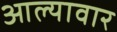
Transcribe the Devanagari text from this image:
आल्यावार